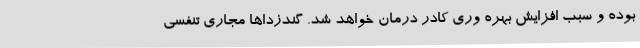
بوده و سبب افزایش بهره وری کادر درمان خواهد شد. گندزداها مجاری تنفسی